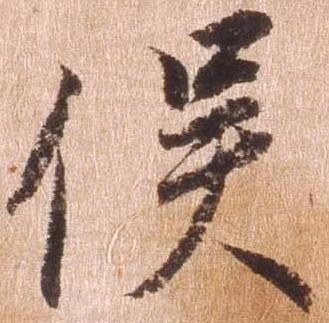
俣